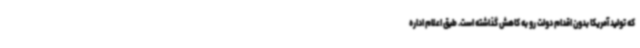
که تولید آمریکا بدون اقدام دولت رو به کاهش گذاشته است. طبق اعلام اداره